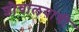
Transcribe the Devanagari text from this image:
शौचालयाची